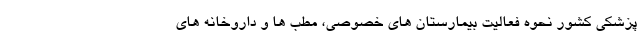
پزشکی کشور نحوه فعالیت بیمارستان های خصوصی، مطب ها و داروخانه های